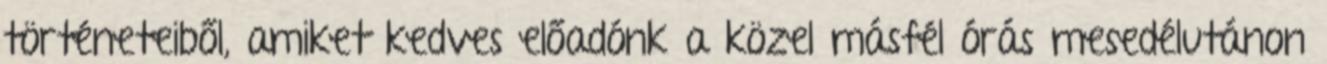
történeteiből, amiket kedves előadónk a közel másfél órás mesedélutánon